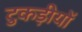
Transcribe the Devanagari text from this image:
टुकड़ीयों